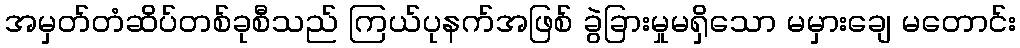
အမှတ်တံဆိပ်တစ်ခုစီသည် ကြယ်ပုနက်အဖြစ် ခွဲခြားမှုမရှိသော မမှားချေ မတောင်း